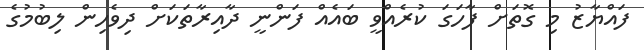
ފައްޔާޒު މި ގޮތަށް ފާހަގަ ކުރެއްވީ ބައެއް ފަންނީ ދާއިރާތަކަށް ދިވެހިން ލިބުމުގެ